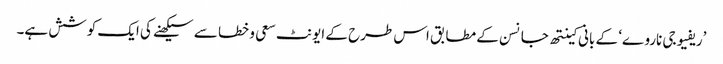
’ریفیوجی ناروے‘ کے بانی کینتھ جانسن کے مطابق اس طرح کے ایونٹ سعی و خطا سے سیکھنے کی ایک کوشش ہے۔